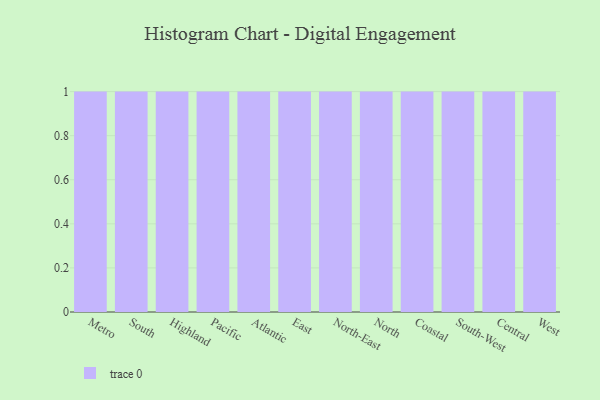
{"axis": {"x": "Region", "y": "Backlog"}, "legend": [""], "data": [{"x": "Metro", "y": 7, "type": ""}, {"x": "South", "y": 82, "type": ""}, {"x": "Highland", "y": 60, "type": ""}, {"x": "Pacific", "y": 92, "type": ""}, {"x": "Atlantic", "y": 8, "type": ""}, {"x": "East", "y": 13, "type": ""}, {"x": "North-East", "y": 42, "type": ""}, {"x": "North", "y": 21, "type": ""}, {"x": "Coastal", "y": 91, "type": ""}, {"x": "South-West", "y": 52, "type": ""}, {"x": "Central", "y": 85, "type": ""}, {"x": "West", "y": 50, "type": ""}]}